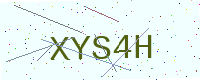
Text: XYS4H